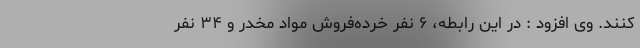
کنند. وی افزود : در این رابطه، ۶ نفر خرده‌فروش مواد مخدر و ۳۴ نفر